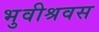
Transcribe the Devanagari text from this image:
भुवीश्रवस